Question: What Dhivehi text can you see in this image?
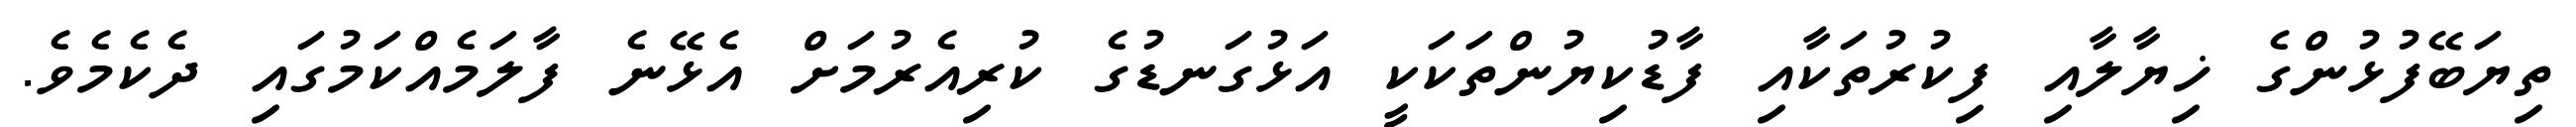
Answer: ތިޔަބޭފުޅުންގެ ޚިޔާލާއި ފިކުރުތަކާއި ފާޑުކިޔުންތަކަކީ އަޅުގަނޑުގެ ކުރިއެރުމަށް އެޅޭނެ ފާލަމެއްކަމުގައި ދެކެމެވެ.